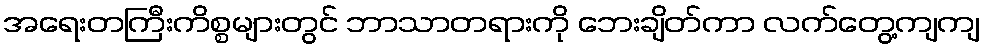
အရေးတကြီးကိစ္စများတွင် ဘာသာတရားကို ဘေးချိတ်ကာ လက်တွေ့ကျကျ